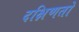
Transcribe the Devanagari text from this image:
दक्षिणतो